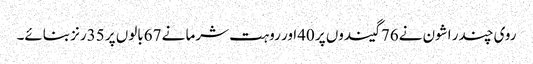
روی چندر اشون نے76گیندوں پر 40اور روہت شرما نے 67بالوں پر 35رنز بنائے۔